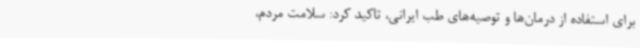
برای استفاده از درمان‌ها و توصیه‌های طب ایرانی، تاکید کرد: سلامت مردم،